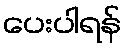
ပေးပါရန်